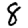
Digit: 8